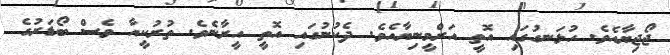
ޖޯޖިޔާއެވެ. ހުޅަނގުގައި އޮތީ އަރްމީނިޔާއެވެ. ދެކުނުގައި އޮތީ އީރާނެވެ. ތުރުކީއާ ވެސް ބޯޑަރުގެ